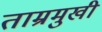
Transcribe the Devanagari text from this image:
ताम्रमुखी